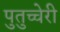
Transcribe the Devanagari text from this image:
पुतुच्चेरी